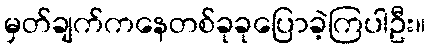
မှတ်ချက်ကနေတစ်ခုခုပြောခဲ့ကြပါဦး။